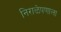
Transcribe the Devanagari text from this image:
निराळेपणाला